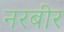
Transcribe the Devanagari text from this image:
नरबीर